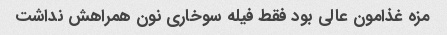
مزه غذامون عالی بود فقط فیله سوخاری نون همراهش نداشت